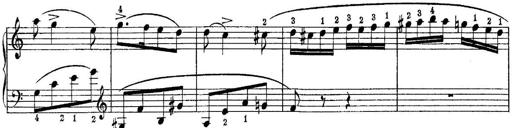
Title: Piano Sonatina No.1 in C major
Composer: Tadeusz Joteyko
Key: C major